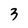
Character: 3